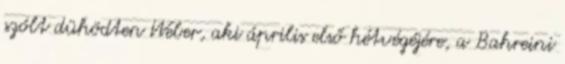
szólt dühödten Weber, aki április első hétvégéjére, a Bahreini